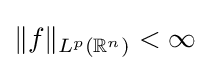
\Vert f\Vert _{L^{p}(\mathbb {R} ^{n})}<\infty